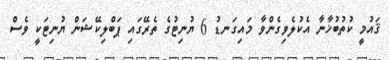
ޤައުމީ ކުތުބުޚާނާ އެކުލެވިގެންވާ މައިގަނޑު 6 ޔުނިޓުގެ ތެރޭގައި ޕަބްލިކޭޝަން ޔުނިޓަކީ ވެސް